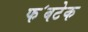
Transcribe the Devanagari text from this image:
फ॔बटेक